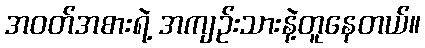
အဝတ်အစားရဲ့ အကျဉ်းသားနဲ့တူနေတယ်။